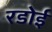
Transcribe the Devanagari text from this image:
रडोई